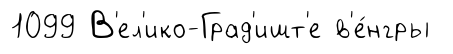
1099 В'ел'ико-Град'ишт'е в'е́нгры